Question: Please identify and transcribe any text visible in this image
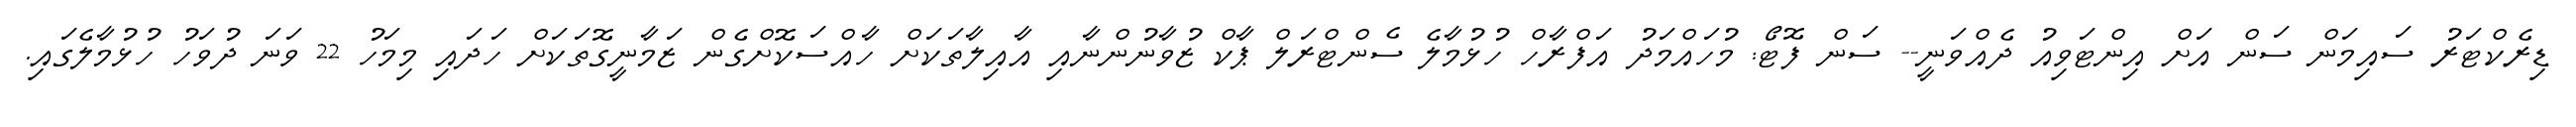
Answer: ޑިރެކްޓަރު ސައިމަން ސަން އަށް އިންޓަވިއު ދެއްވަނީ-- ސަން ފޮޓޯ: މުހައްމަދު އަފްރާހް ހުޅުމާލެ ސެންޓްރަލް ޕާކް ޒުވާނުންނާއި އާއިލާތަކަށް ހާއްސަކޮށްގެން ޒަމާނީގޮތަކަށް ހަދައި މިމަހު 22 ވަނަ ދުވަހު ހުޅުމާލެގައި.